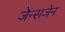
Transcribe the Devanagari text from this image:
जेन्सजेन